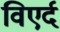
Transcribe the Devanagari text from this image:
विएर्द